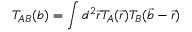
T _ { A B } ( b ) = \int d ^ { 2 } \vec { r } T _ { A } ( \vec { r } ) T _ { B } ( \vec { b } - \vec { r } )